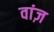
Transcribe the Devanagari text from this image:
वांज़